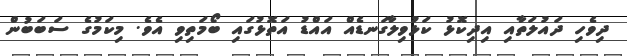
ދިވެހި ދައުލަތާއި އިދިކޮޅު ކަޅުވިލާގަނޑެއް އައްޑު އަތޮޅުގައި ބޯމަތިވި އެވެ. މިކަމުގެ ސަބަބުން